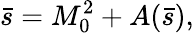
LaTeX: \bar{s}=M_{0}^{2}+A(\bar{s}),